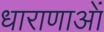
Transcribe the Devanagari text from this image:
धाराणाआें